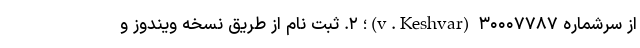
از سرشماره ۳۰۰۰۷۷۸۷ (v.Keshvar)؛ ۲. ثبت نام از طریق نسخه ویندوز و